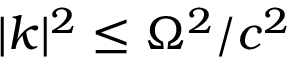
| { \boldsymbol { k } } | ^ { 2 } \leq \Omega ^ { 2 } / c ^ { 2 }